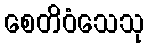
စေတိဝံသေသု